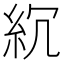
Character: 𥾚